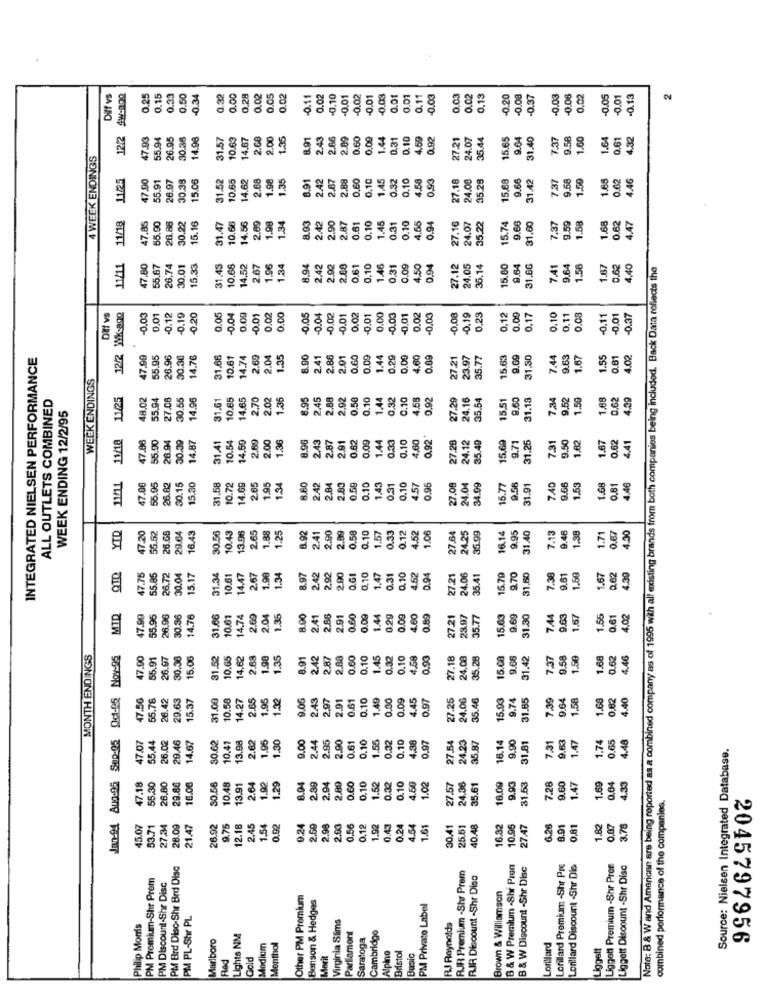
.
12/2 SW-302
0.25
0.15
0.33
0.50
0.34
0.32
0.00
0.28
0.02
0.05
0.02
0.11
0.02
-0.10
0.01
-0.02
-0.01
0.03
0.01
0.01
0.11
0.03
9.03
0.02
0.13
-0.20
0.08
0.37
.0.03
0.06
0.02
0.05
-0.01
-0.13
12/2
55.94
30.36
14.98
31.57
10.63
14.67
2.68
2.00
1.35
8.91
2.43
2.66
2.09
0.60
0,09
1.44
0.31
.10
4.59
0.92
27.21
35.44
15.65
9.64
31.40
7.37
9.58
1.60
1.64
0.61
4.32
4 WEEK ENDINGS
11/25
15.06
31.52
10.65
14.62
1.98
1.35
8.91
2.42
2.87
2.88
0.60
0,10
1.45
0.32
0.10
4.58
0.93
24.00
35.28
15.68
9.66
31.42
7.37
9.58
1.59
1.68
0.62
4.46
2.68
11/18
14.56
1.98
2.42
1.45
4.66
0.94
9.66
0.62
4.47
55.90
30.22
15.16
31.47
10.66
2.69
1.34
8.93
2.90
2.87
0.61
0.10
0.31
0.10
27.16
24.07
35.22
15.74
7.37
9.59
1.58
1.68
11/11
47.80
65.67
26.74
30.01
15,33
31.43
10.66
14,52
2.67
1.96
1.34
8.94
2.42
2.92
2.68
0.61
0,10
1.46
0,31
0.09
1.50
0.94
7.12
24.05
35.14
31.66
7.41
9.64
1.56
1.67
0.62
4,40
Note: B & W and American are being reported as a combined company as of 1995 with all existing brands from both companies being included. Back Data reflects the
Ott! vs
12/2 Wk-ago
0.03
0.01
-0.12
0.19
0.20
0.05
0.04
0.09
-0.01
0.02
0.00
0.05
0.04
-0.02
-0.01
0.02
-0.01
0.00
0.03
0.01
0.02
0,03
0.08
-0.19
0.23
0.12
0.09
0.17
3.10
0.11
0.08
-0.11
-0.01
-0.37
INTEGRATED NIELSEN PERFORMANCE
47.99
55.95
26.96
30.30
14.76
31.66
10.61
14.74
2.69
2.04
1.35
8.90
2.41
2.86
2.01
0.60
0.00
1.44
0.29
0.09
4.60
0.69
23.97
9.69
31.30
7.44
9.63
1.67
1.55
0.61
4.02
WEEK ENDINGS
ALL OUTLETS COMBINED
11/25
48.02
55.94
27.08
30.55
14.96
14.65
2.70
2.02
1.36
8.95
2.45
2.88
2.92
0.58
0.10
1.44
0.32
0.10
4.58
0.92
35.54
15.51
9.60
31.13
7.34
9.52
1.50
1.88
0.62
4.39
WEEK ENDING 12/2/95
11/18
17.98
26.94
4.87
2.69
2.00
2.43
2.87
0.62
0.09
1.44
0.33
0.10
4.60
0.92
4.12
35.49
31.26
9.50
1.62
0.62
31.41
10.54
14.59
1.36
8.90
2.91
P
9.71
7.31
1.87
4.41
11/11
26.82
30.15
10.72
1.95
24.04
47.06
55.95
15.30
31.68
14.69
2.65
1.34
8.80
2.42
2.84
2.83
0.59
0.10
1.43
0.31
0.10
4.57
0.95
27.08
34.99
15.77
9.56
31.91
7.40
9.66
1.53
1.68
0.81
4.46
55.52
16.43
10.43
1.88
8.92
2.90
2.89
0.58
1.57
0.12
4.52
1.06
9.48
YTD
6.GB
29.64
30.56
13.96
2.6.
1.25
2.41
0.10
0.33
35.99
16.14
9.95
7.13
1.38
1.71
0.67
QTD
47.75
55.85
26.72
30.04
15.17
31.34
10.61
14.47
2.67
1.98
1.34
8.97
2.42
2,92
2.00
O.G1
0.10
1.47
0.31
0.10
4.52
0.94
27.21
24.06
35.41
15.79
9.70
31.60
7.38
9.61
1.59
0.62
MID
26.96
30.36
14.76
31.66
10.61
14.74
2.69
2.04
1.35
8.00
2.41
2.66
2.91
0.60
0.09
1.44
0,29
0.00
4.60
35.77
15.63
9.69
31.30
7.44
0.63
1.67
1.56
0.61
4.02
MONTH ENDINGS
Qc1-05 Nov-95
15.06
10.65
14.62
1.90
1.35
8.91
2.42
2.87
2.88
0.60
0.10
1.45
0.32
0.10
1.58
0.93
27.18
24.08
9.66
31.42
7.37
9.58
1.59
1.68
1.62
4.46
8
88
47.56
55.78
26.42
29.63
15.37
10.58
14.27
1.95
1,32
9.05
2.43
2.97
2.91
0.61
0.10
1.49
0.90
0.09
4.45
0.97
35.46
15.93
31.85
7.39
1.58
1.68
0,62
4.40
9.64
Jan-94 Aug.95 Sep-95
47.07
55.44
2.62
1.95
1.30
9.00
2.44
2.95
2.90
0.61
0.10
1.55
0.32
0.10
4.38
0.97
27.54
24.23
16.14
9.90
9.63
1.47
1.74
0.65
4.48
26.02
14.67
30.62
10,41
35.87
31.81
7.31
Source: Nielsen Integrated Database.
1.90
47.18
29.80
16.00
30.56
10.48
2.64
1.29
8.94
2.39
2.94
2.89
0.60
0.10
1.52
0.32
0.10
4.50
1.02
35.61
16.09
9.93
31.53
7.28
9.60
1.47
1.69
0.04
4.33
combined performance of the companies.
53.71
27.34
26.92
9.75
12.16
2.45
1.54
0.92
0.24
2.59
2.98
2.93
0.56
0.12
1.92
0.43
0.24
4.54
1.61
30.41
25.51
40.48
6.32
6.26
8.91
0.81
1.82
0,87
3.78
PM Brd Disc-Shr Brd Disc
B & W Premium -Shr Pren
B & W Discount -Shr Disc
Lorillard Premium -Shr Pre
Lorillard Discount -Shr Dis
Liggett Premium -Shr Pren
Liggett Discount -Shr Disc
PM Premium-Shr Prem
PM Discount-Shr Disc
RJR Premium -Shr Prem
RIA Discount -Shr Disc
Brown & Williamson
Other PM Premium
Benson & Hedges
PM Private Label
PM PL-Shr PL
Virginia Slims
Philip Morris
Cambridge
RJ Reynolds
Marlboro
Lights NM
Parfamont
Saratoga
Modium
Menthol
Alpine
Bristol
Lorillard
Liggett
2045797956
Rad
Gold
Berit
Basic